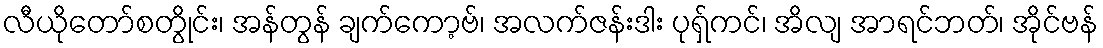
လီယိုတော်စတွိုင်း၊ အန်တွန် ချက်ကော့ဗ်၊ အလက်ဇန်းဒါး ပုရှ်ကင်၊ အိလျ အာရင်ဘတ်၊ အိုင်ဗန်